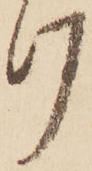
け